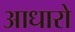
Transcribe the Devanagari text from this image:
आधारो